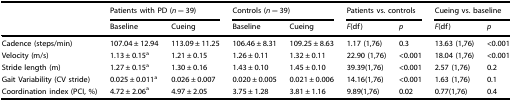
<table><thead><tr><td></td><td colspan="2"><b>Patients with PD (<i>n</i> = 39)</b></td><td colspan="2"><b>Controls (<i>n</i> = 39)</b></td><td colspan="2"><b>Patients vs. controls</b></td><td colspan="2"><b>Cueing vs. baseline</b></td></tr><tr><td></td><td><b>Baseline</b></td><td><b>Cueing</b></td><td><b>Baseline</b></td><td><b>Cueing</b></td><td><b><i>F</i>(df)</b></td><td><b><i>p</i></b></td><td><b><i>F</i>(df)</b></td><td><b><i>p</i></b></td></tr></thead><tbody><tr><td>Cadence (steps/min)</td><td>107.04 ± 12.94</td><td>113.09 ± 11.25</td><td>106.46 ± 8.31</td><td>109.25 ± 8.63</td><td>1.17 (1,76)</td><td>0.3</td><td>13.63 (1,76)</td><td>&lt;0.001</td></tr><tr><td>Velocity (m/s)</td><td>1.13 ± 0.15<sup>a</sup></td><td>1.21 ± 0.15</td><td>1.26 ± 0.11</td><td>1.32 ± 0.11</td><td>22.90 (1,76)</td><td>&lt;0.001</td><td>18.04 (1,76)</td><td>&lt;0.001</td></tr><tr><td>Stride length (m)</td><td>1.27 ± 0.15<sup>a</sup></td><td>1.30 ± 0.16</td><td>1.43 ± 0.10</td><td>1.45 ± 0.10</td><td>39.39(1,76)</td><td>&lt;0.001</td><td>2.57 (1,76)</td><td>0.2</td></tr><tr><td>Gait Variability (CV stride)</td><td>0.025 ± 0.011<sup>a</sup></td><td>0.026 ± 0.007</td><td>0.020 ± 0.005</td><td>0.021 ± 0.006</td><td>14.16(1,76)</td><td>&lt;0.001</td><td>1.63 (1,76)</td><td>0.1</td></tr><tr><td>Coordination index (PCI, %)</td><td>4.72 ± 2.06<sup>a</sup></td><td>4.97 ± 2.05</td><td>3.75 ± 1.28</td><td>3.81 ± 1.16</td><td>9.89(1,76)</td><td>0.02</td><td>0.77(1,76)</td><td>0.4</td></tr></tbody></table>